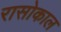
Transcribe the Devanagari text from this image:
रासोकाल